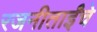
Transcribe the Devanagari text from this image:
रजनीताईंचे